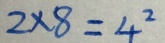
2 \times 8 = 4 ^ { 2 }